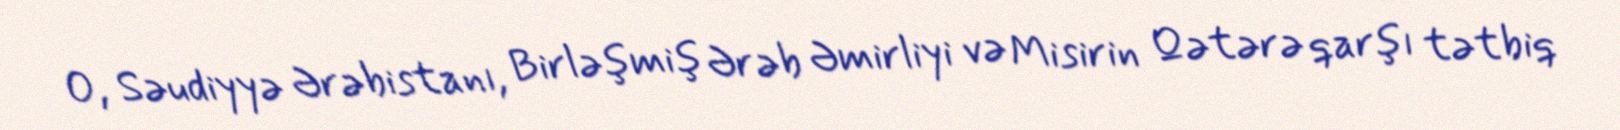
O, Səudiyyə Ərəbistanı, Birləşmiş Ərəb Əmirliyi və Misirin Qətərə qarşı tətbiq